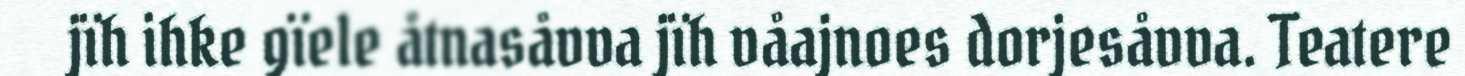
jïh ihke gïele åtnasåvva jïh våajnoes dorjesåvva. Teatere